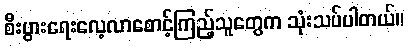
စီးပွားရေးလေ့လာစောင့်ကြည့်သူတွေက သုံးသပ်ပါတယ်။